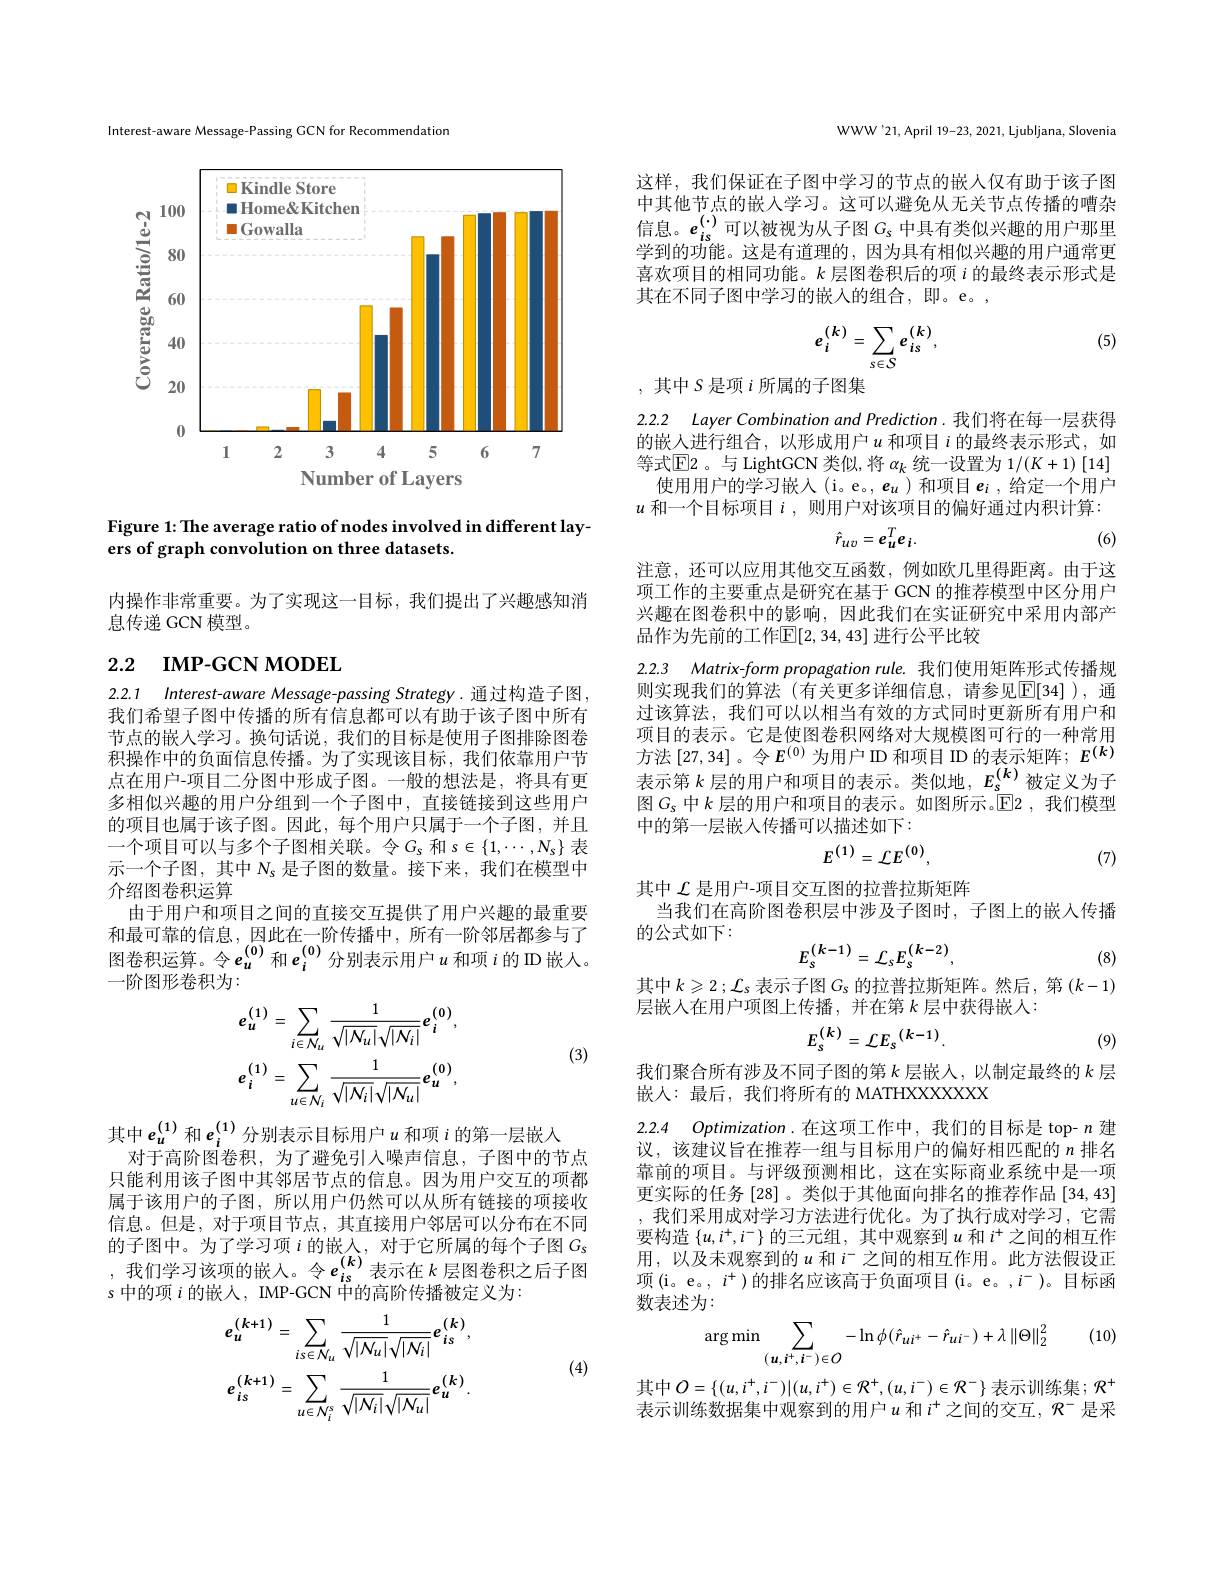
Interest-aware Message-Passing GCN for Recommendation

<FigureHere>

Figure 1: The average ratio of nodes involved in different lay-
ers of graph convolution on three datasets.

内操作非常重要。为了实现这一目标，我们提出了兴趣感知消
息传递 GCN 模型。

# 2.2 IMP-GCN MODEL

2.2.1 Interest-aware Message-passing Strategy. 通过构造子图我们希望子图中传播的所有信息都可以有助于该子图中所有节点的嵌入学习。换句话说，我们的目标是使用子图排除图卷积操作中的负面信息传播。为了实现该目标，我们依靠用户节点在用户-项目二分图中形成子图。一般的想法是，将具有更多相似兴趣的用户分组到一个子图中，直接链接到这些用户的项目也属于该子图。因此，每个用户只属于一个子图，并且一个项目可以与多个子图相关联。令$G_s$和$s\in\{1,\cdots,N_s\}$表示一个子图，其中$N_\mathrm{s}$是子图的数量。接下来，我们在模型中介绍图卷积运算
由于用户和项目之间的直接交互提供了用户兴趣的最重要和最可靠的信息，因此在一阶传播中，所有一阶邻居都参与了图卷积运算。令$e_u^{(0)}$和$e_i^{(0)}$分别表示用户$u$ 和项$i$ 的ID 嵌人。一阶图形卷积为：
$$e_{u}^{(1)}=\sum_{i\in\mathcal{N}_{u}}\frac{1}{\sqrt{|\mathcal{N}_{u}|}\sqrt{|\mathcal{N}_{i}|}}e_{i}^{(0)},\\e_{i}^{(1)}=\sum_{u\in\mathcal{N}_{i}}\frac{1}{\sqrt{|\mathcal{N}_{i}|}\sqrt{|\mathcal{N}_{u}|}}e_{u}^{(0)},$$
(3)

其中$e_u^{(1)}$和$e_i^{(1)}$分别表示目标用户$u$和项$i$的第一层嵌入
对于高阶图卷积，为了避免引入噪声信息，子图中的节点只能利用该子图中其邻居节点的信息。因为用户交互的项都属于该用户的子图，所以用户仍然可以从所有链接的项接收信息。但是，对于项目节点，其直接用户邻居可以分布在不同的子图中。为了学习项$i$的嵌人，对于它所属的每个子图$G_\mathrm{s}$ ,我们学习该项的嵌入。令$e_is^{(k)}$表示在$k$层图卷积之后子图$s$中的项$i$的嵌人，IMP-GCN 中的高阶传播被定义为：

(4)

{,}
$$e_{u}^{(k+1)}=\sum_{is\in N_{u}}\frac{1}{\sqrt{|N_{u}|}\sqrt{|N_{i}|}}e_{is}^{(k)},\\e_{is}^{(k+1)}=\sum_{u\in N_{i}^{s}}\frac{1}{\sqrt{|N_{i}|}\sqrt{|N_{u}|}}e_{u}^{(k)}.$$
WWW'21,April 19-23, 2021, Ljubljana, Slovenia

这样，我们保证在子图中学习的节点的嵌人仅有助于该子图中其他节点的嵌入学习。这可以避免从无关节点传播的嘈杂信息。$e_{is}^{(\cdot)}$可以被视为从子图 $G_s$ 中具有类似兴趣的用户那里学到的功能。这是有道理的，因为具有相似兴趣的用户通常更喜欢项目的相同功能。$k$层图卷积后的项$i$的最终表示形式是其在不同子图中学习的嵌入的组合，即。e。,

(5)
$$e_{i}^{(k)}=\sum_{s\in S}e_{is}^{(k)},$$
,其中$S$是项$i$所属的子图集

2.2.2 Layer Combination and Prediction. 我们将在每一层获得的嵌人进行组合，以形成用户$u$和项目$i$的最终表示形式，如等式$\boxed{\mathrm{E}}$2。与 LightGCN 类似，将 $\alpha_k$ 统一设置为 1/(K+1)[14] 使用用户的学习嵌入(i。e。, $e_u$)和项目$e_i$ ,给定一个用户
$u$和一个目标项目$i$,则用户对该项目的偏好通过内积计算：
$$\hat r_{uv}=e_{u}^{T}e_{i}.$$
(6)

注意，还可以应用其他交互函数，例如欧几里得距离。由于这项工作的主要重点是研究在基于 GCN 的推荐模型中区分用户兴趣在图卷积中的影响，因此我们在实证研究中采用内部产品作为先前的工作$\mathbb{E}[2,34,43]$ 进行公平比较

2.2.3 Matrix-form propagation rule. 我们使用矩阵形式传播规则实现我们的算法(有关更多详细信息，请参见$\mathbb{E}[34]$),通

过该算法，我们可以以相当有效的方式同时更新所有用户和项目的表示。它是使图卷积网络对大规模图可行的一种常用方法 [27,34]。令$E^(0)$ 为用户 ID 和项目 ID 的表示矩阵；$E^(k)$ 表示第$k$ 层的用户和项目的表示。类似地，$E_s^{(k)}$被定义为子图$G_s$ 中$k$ 层的用户和项目的表示。如图所示。$\operatorname{E}$2 ,我们模型中的第一层嵌入传播可以描述如下：
$$E^{(1)}=\mathcal{L}E^{(0)},$$
(7)

其中$\mathcal{L}$是用户-项目交互图的拉普拉斯矩阵
当我们在高阶图卷积层中涉及子图时，子图上的嵌入传播
的公式如下：
$$E_{s}^{(k-1)}=\mathcal{L}_{s}E_{s}^{(k-2)},$$
(8)

其中$k\geqslant2;\mathcal{L}_s$ 表示子图$G_\mathrm{s}$ 的拉普拉斯矩阵。然后，第$(k-1)$
层嵌入在用户项图上传播，并在第$k$ 层中获得嵌人：
$$E_{s}^{(k)}={\mathcal L}E_{s}^{(k-1)}.$$
(9)

我们聚合所有涉及不同子图的第$k$层嵌入，以制定最终的$k$层
嵌人：最后，我们将所有的 MATHXXXXXXX

2.2.4 Optimization .在这项工作中，我们的目标是 top- $n$建

议，该建议旨在推荐一组与目标用户的偏好相匹配的$n$排名靠前的项目。与评级预测相比，这在实际商业系统中是一项更实际的任务 [28] 。类似于其他面向排名的推荐作品 [34,43] ,我们采用成对学习方法进行优化。为了执行成对学习，它需要构造$\{u,i^+,i^-\}$的三元组，其中观察到$u$和$i^+$之间的相互作用，以及未观察到的$u$和$i$之间的相互作用。此方法假设正项(i。e。, $i^+)$的排名应该高于负面项目(i。e。$,i^-)$。目标函数表述为：

(10)
$$\arg\min\sum_{(u,i^{+},i^{-})\in O}-\ln\phi(\hat{r}_{ui^{+}}-\hat{r}_{ui^{-}})+\lambda\left\|\Theta\right\|_{2}^{2}$$
其中$O=\{(u,i^+,i^-)|(u,i^+)\in{\mathcal{R}}^+,(u,i^-)\in{\mathcal{R}}^-\}$ 表示训练集；$\mathcal{R}^+$ 表示训练数据集中观察到的用户$u$和$i^+$之间的交互，$\mathcal{R}^-$是采